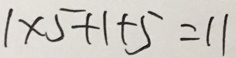
1 \times 5 + 1 + 5 = 1 1